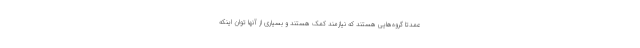
عمدتا گروه‌هایی هستند که نیازمند کمک هستند و بسیاری از آنها توان اینکه